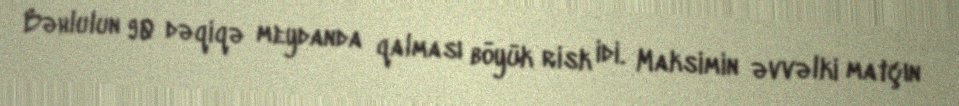
Bəhlulun 90 dəqiqə meydanda qalması böyük risk idi. Maksimin əvvəlki matçın